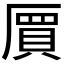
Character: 𠃅